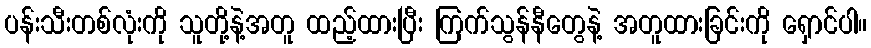
ပန်းသီးတစ်လုံးကို သူတို့နဲ့အတူ ထည့်ထားပြီး ကြက်သွန်နီတွေနဲ့ အတူထားခြင်းကို ရှောင်ပါ။